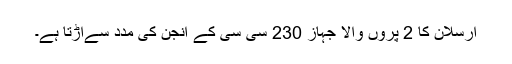
ارسلان کا 2 پروں والا جہاز 230 سی سی کے انجن کی مدد سےاڑتا ہے۔